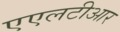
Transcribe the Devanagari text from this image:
एएलटीआर